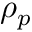
\rho _ { p }